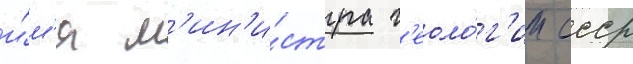
и́м'я м'ин'и́стра г'еоло́г'ии ссср